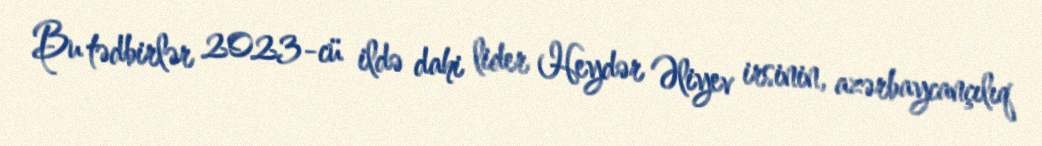
Bu tədbirlər 2023-cü ildə dahi lider Heydər Əliyev irsinin, azərbaycançılıq